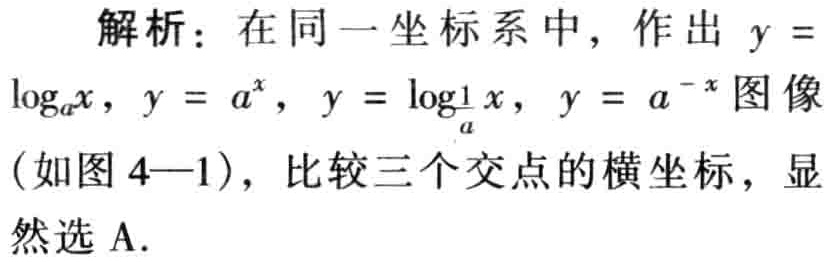
解析：在同一坐标系中，作出\(y = \log_{a}x\)，\(y = a^{x}\)，\(y = \log_{\frac{1}{a}}x\)，\(y = a^{-x}\)图像（如图4—1），比较三个交点的横坐标，显然选A.